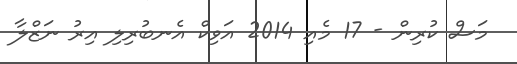
މަސް ކުރިން - 17 މެއި 2014 އަވިކް އެނބުރިލި އިރު ނަޒްލާ